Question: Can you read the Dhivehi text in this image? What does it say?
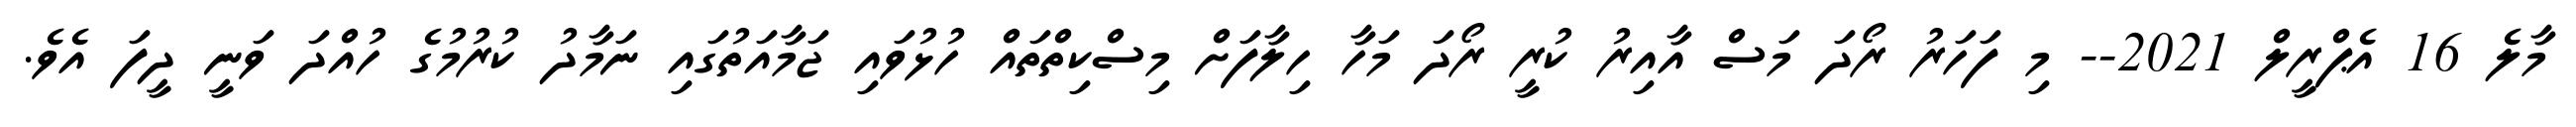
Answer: މާލެ 16 އެޕްރީލް 2021-- މި ފަހަރު ރޯދަ މަސް އާއިރު ކުރީ ރޯދަ މަހާ ހިލާފަށް މިސްކިތްތައް ހުޅުވައި ޖަމާއަތުގައި ނަމާދު ކުރުމުގެ ހުއްދަ ވަނީ ދީފަ އެވެ.